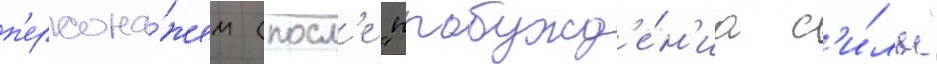
п'ерсона́жем (посл'е "пробужд'е́н'иа с'и́лы"